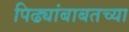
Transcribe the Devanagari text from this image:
पिढ्यांबाबतच्या